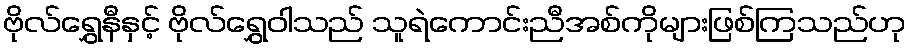
ဗိုလ်ရွှေနီနှင့် ဗိုလ်ရွှေဝါသည် သူရဲကောင်းညီအစ်ကိုများဖြစ်ကြသည်ဟု